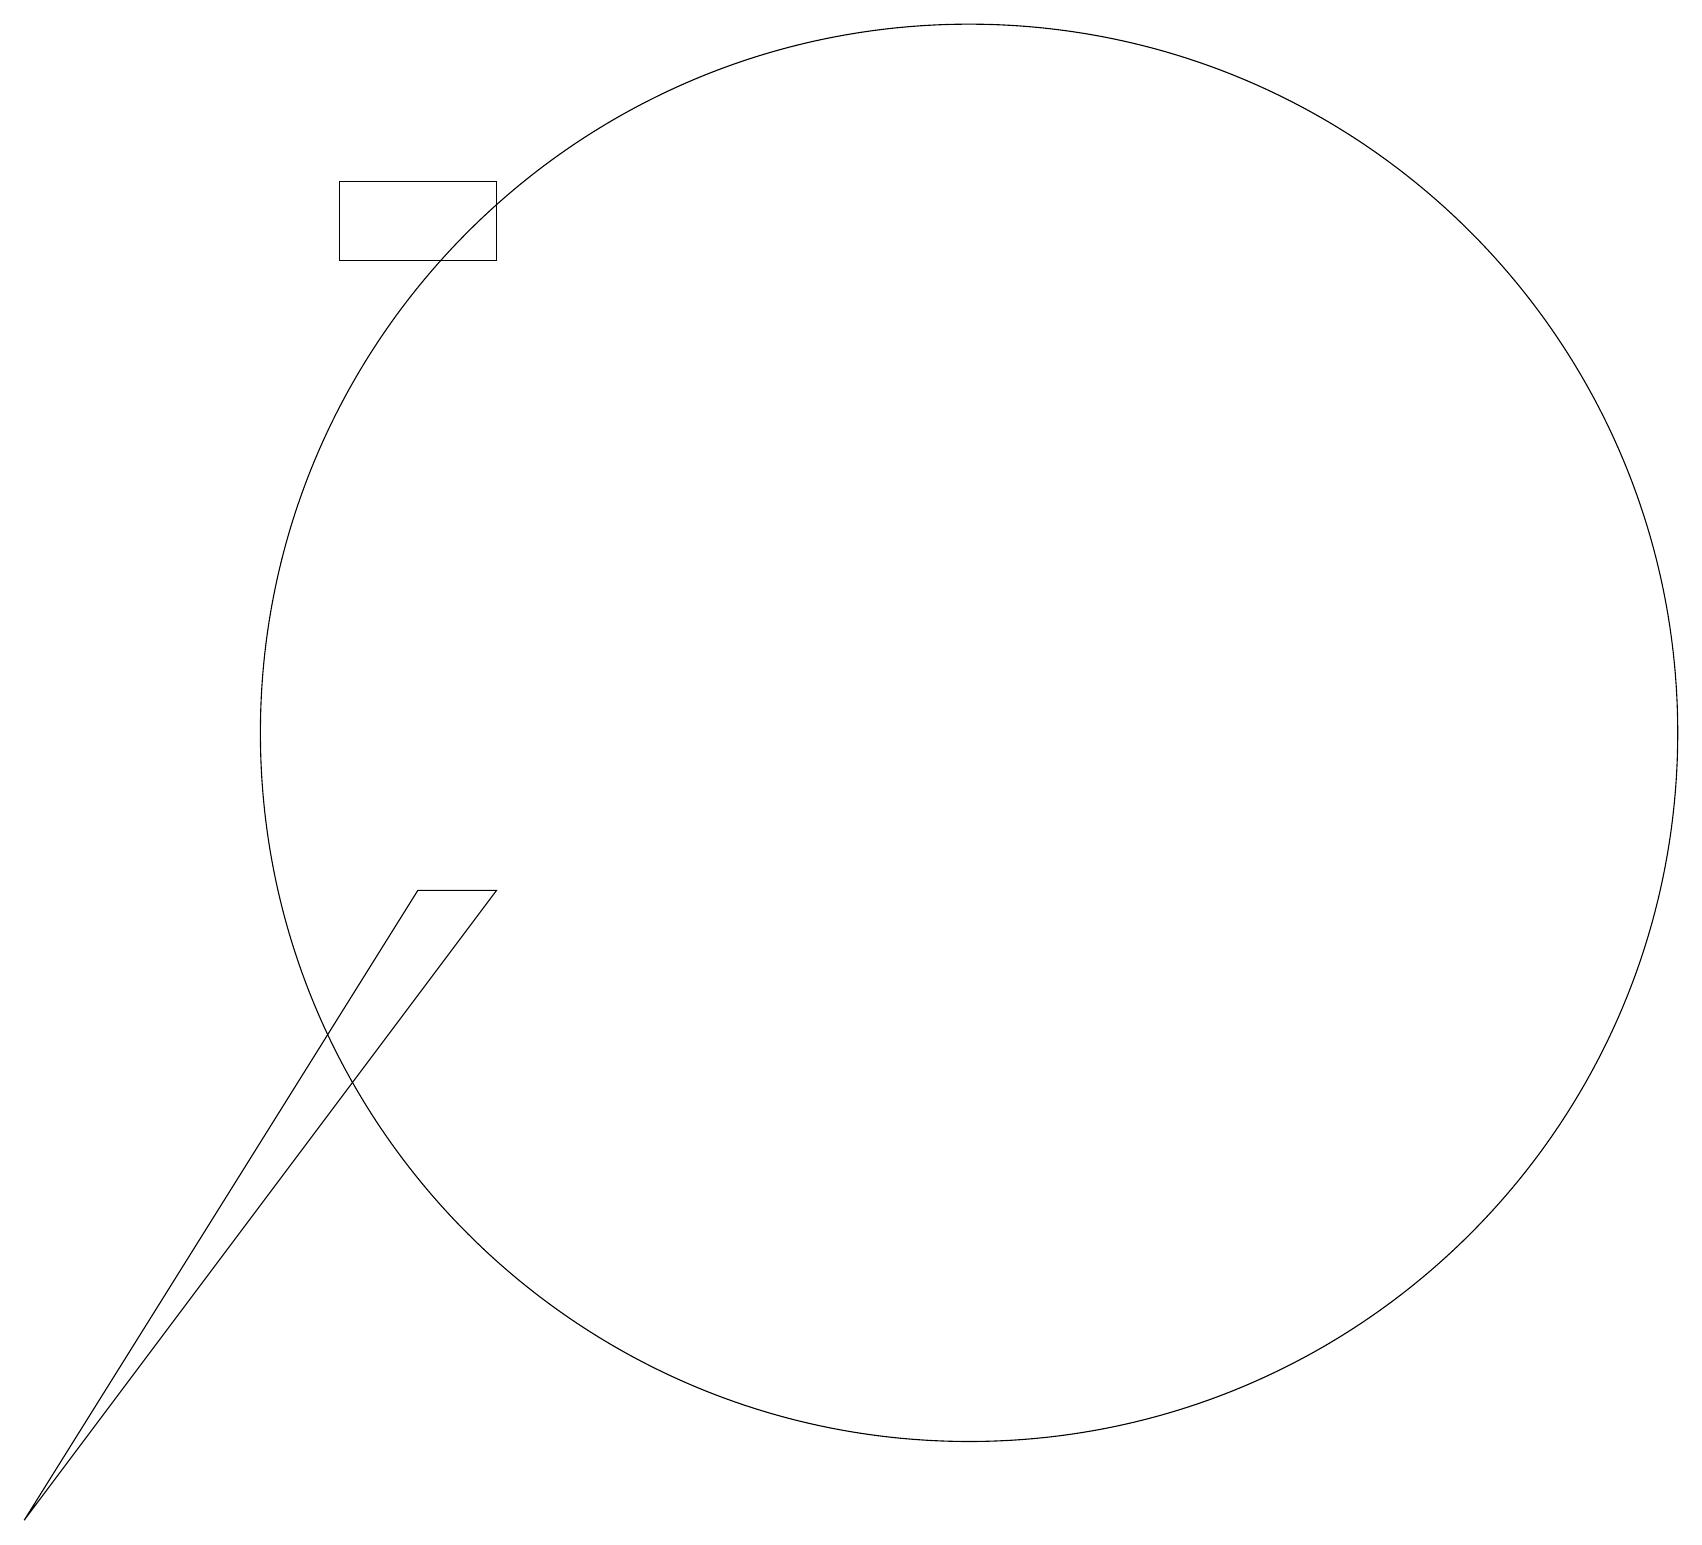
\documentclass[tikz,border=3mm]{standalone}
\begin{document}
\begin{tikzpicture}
\draw (12,11) circle (9);
\draw (5,9) -- (0,1) -- (6,9) -- cycle;
\draw (4,18) rectangle (6,17);
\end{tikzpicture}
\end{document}